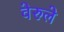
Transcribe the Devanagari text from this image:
वेरुले